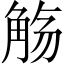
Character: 觞